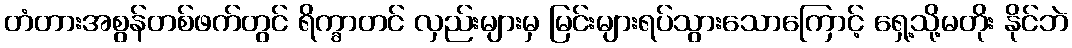
တံတားအစွန်တစ်ဖက်တွင် ရိက္ခာတင် လှည်းများမှ မြင်းများရပ်သွားသောကြောင့် ရှေ့သို့မတိုး နိုင်ဘဲ